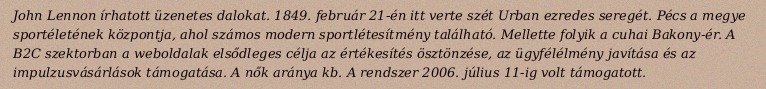
John Lennon írhatott üzenetes dalokat. 1849. február 21-én itt verte szét Urban ezredes seregét. Pécs a megye sportéletének központja, ahol számos modern sportlétesítmény található. Mellette folyik a cuhai Bakony-ér. A B2C szektorban a weboldalak elsődleges célja az értékesítés ösztönzése, az ügyfélélmény javítása és az impulzusvásárlások támogatása. A nők aránya kb. A rendszer 2006. július 11-ig volt támogatott.